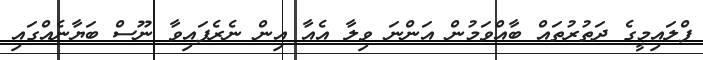
ފްލައިމީގެ ދަތުރުތައް ބާއްވަމުން އަންނަ ވިލާ އެއާ އިން ނެރެފައިވާ ނޫސް ބަޔާނެއްގައި